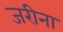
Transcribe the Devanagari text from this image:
जरीना